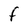
Character: F